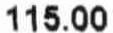
115.00